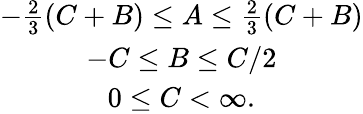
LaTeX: \begin{array}{c}{{-\frac{2}{3}(C+B)\leq A\leq\frac{2}{3}(C+B)}}\\ {{-C\leq B\leq C/2}}\\ {{0\leq C<\infty.}}\end{array}